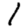
Digit: 1